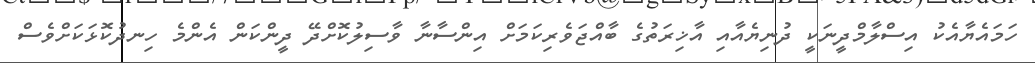
ހަމައެޔާއެކު އިސްލާމްދީނަކީ ދުނިޔެއާއި އާޚިރަތުގެ ބާއްޖަވެރިކަމަށް އިންސާނާ ވާސިލުކޮށްދޭ ދީންކަން އެންމެ ހިނދުކޮޅަކަށްވެސް